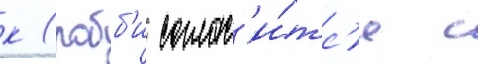
к (робб'и соглас'и́тс'я с